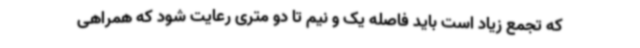
که تجمع زیاد است باید فاصله یک و نیم تا دو متری رعایت شود که همراهی